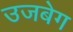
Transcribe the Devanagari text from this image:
उजबेग